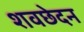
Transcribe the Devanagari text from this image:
शवछेदन